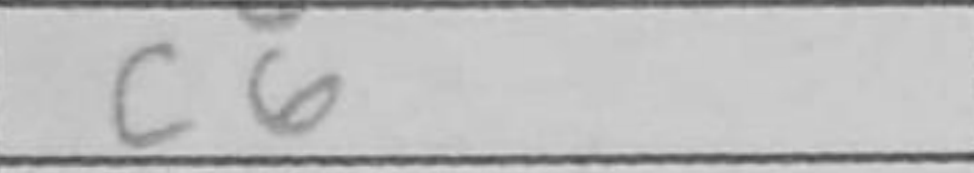
Transcription: c6